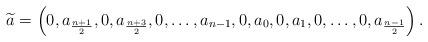
LaTeX: \begin{align*}\widetilde{a}=\left(0,a_{\frac{n+1}{2}},0,a_{\frac{n+3}{2}},0,\ldots,a_{n-1},0,a_0,0,a_1,0,\ldots,0,a_{\frac{n-1}{2}}\right).\end{align*}